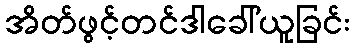
အိတ်ဖွင့်တင်ဒါခေါ်ယူခြင်း